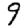
Digit: 9